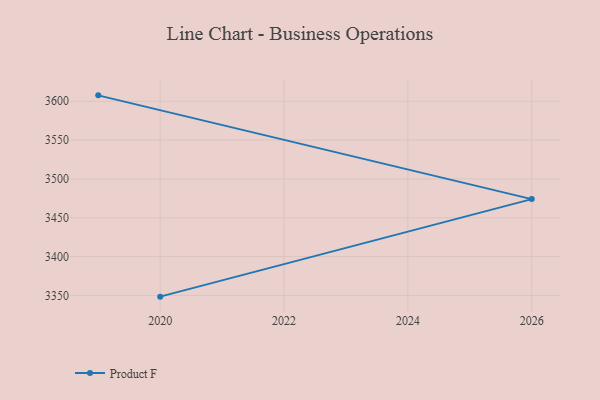
{"axis": {"x": "Year", "y": "Tickets Resolved"}, "legend": ["Product F"], "data": [{"x": "2020", "y": 3348.4, "type": "Product F"}, {"x": "2026", "y": 3474.0, "type": "Product F"}, {"x": "2019", "y": 3607.6, "type": "Product F"}]}